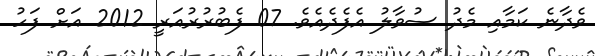
ވެދާނެ ކަމާއި މެދު ސުވާލު އެފެދެއެވެ. 07 ފެބުރުރުއަރީ 2012 އަށް ފަހު